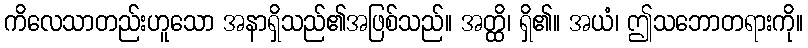
ကိလေသာတည်းဟူသော အနာရှိသည်၏အဖြစ်သည်။ အတ္ထိ၊ ရှိ၏။ အယံ၊ ဤသဘောတရားကို။